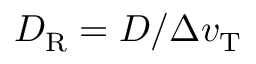
D _ { \mathrm { R } } = D / \Delta v _ { \mathrm { T } }